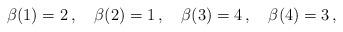
LaTeX: \begin{align*}\beta(1) = 2 \,, \quad \beta(2) = 1 \,, \quad \beta(3) = 4 \,, \quad \beta(4) = 3 \,, \end{align*}